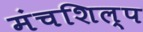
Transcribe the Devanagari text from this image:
मंचशिल्प